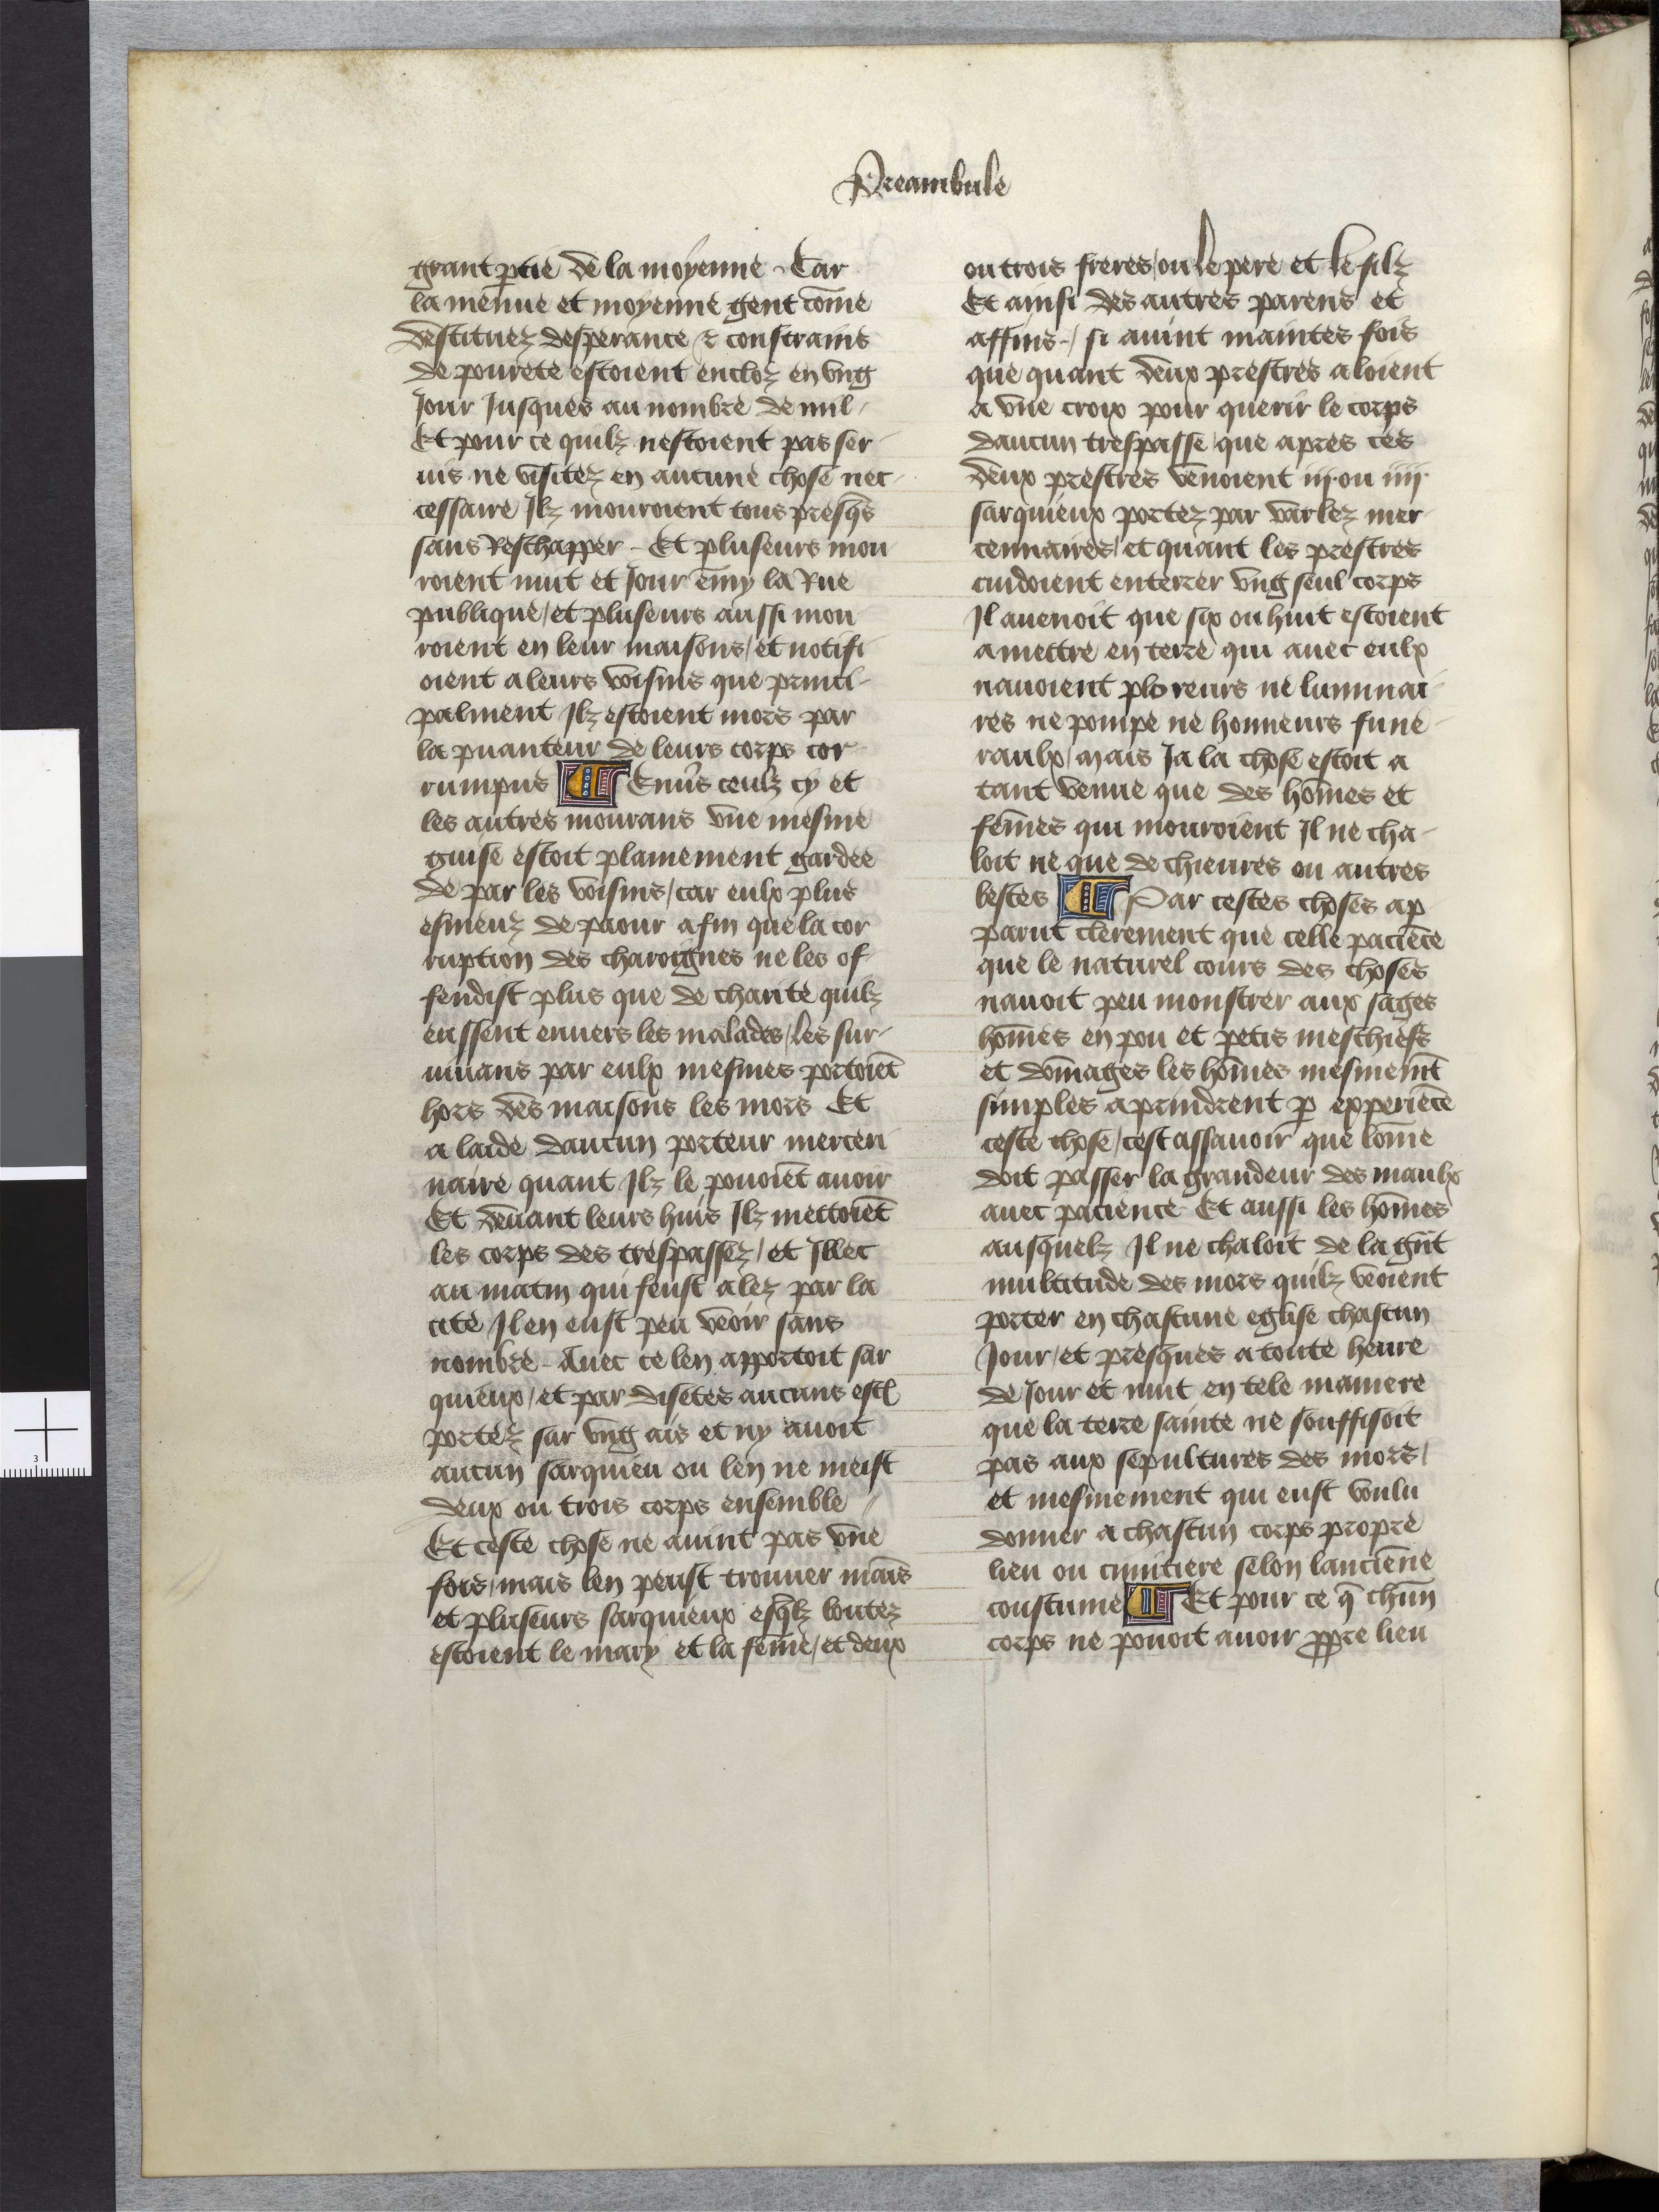
Shelfmark: Paris, BnF, Arsenal ms. 5070
Century: 15